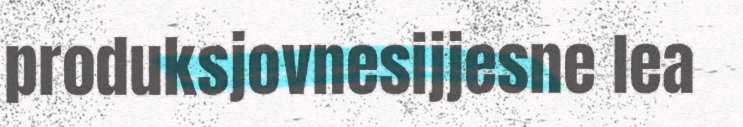
produksjovnesijjesne lea